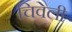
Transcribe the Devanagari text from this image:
चिवेली